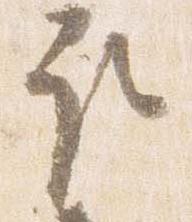
取